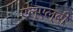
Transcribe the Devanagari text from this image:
एल्‌एल्‌बी